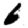
Digit: 6